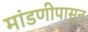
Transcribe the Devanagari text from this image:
मांडणीपासून